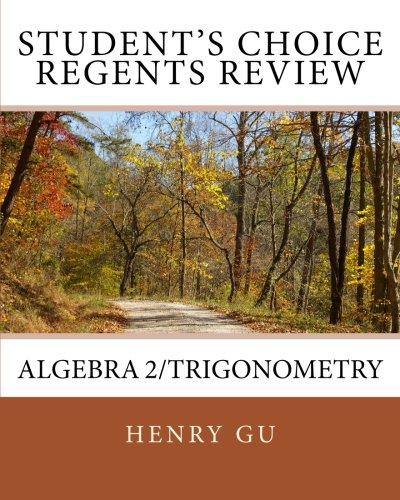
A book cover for Student's Choice Regents Review Algebra 2/Trigonometry; Henry Gu; Test Preparation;